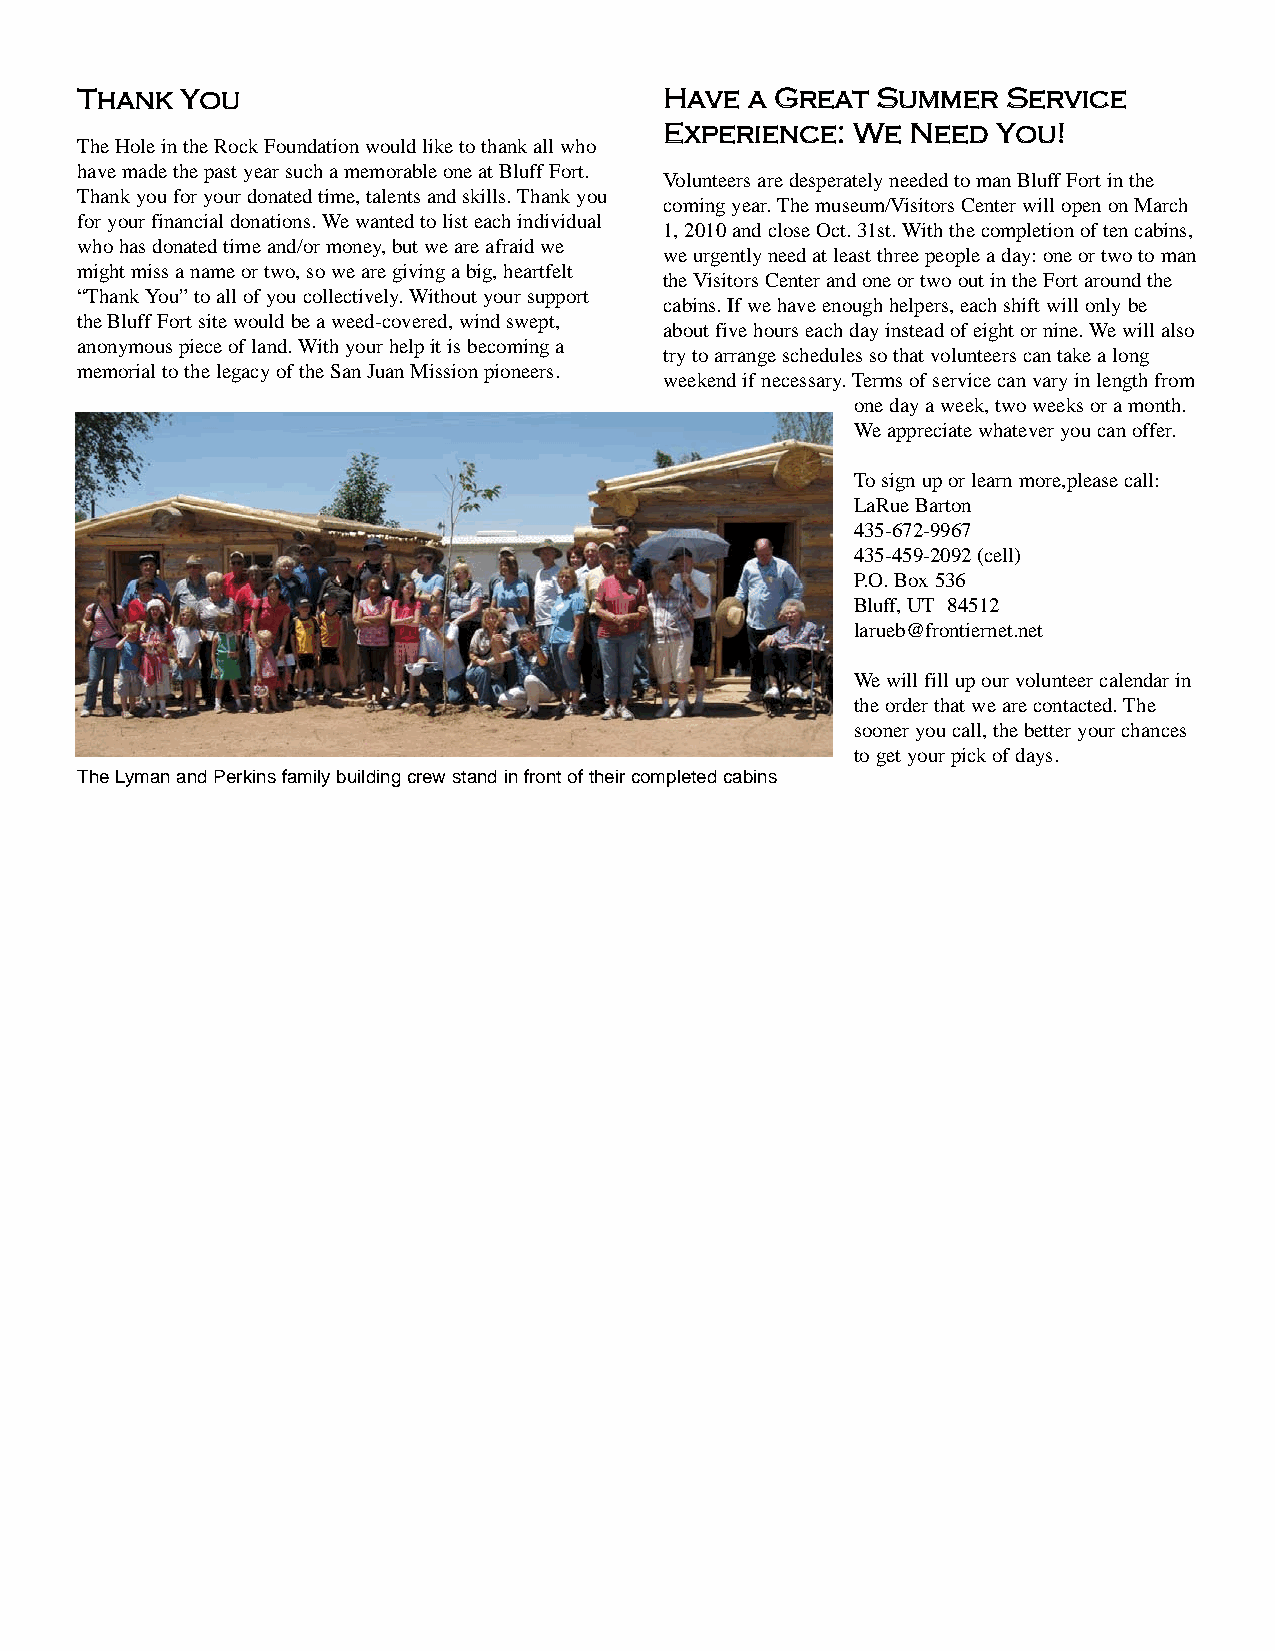
TThhaannkk YYoouu                      HHaavvee aa GGrreeaatt SSuummmmeerr SSeerrvviiccee
 EExxppeerriieennccee:: WWee NNeeeedd YYoouu!!
 The Hole in the Rock Foundation would like to thank all who
 have made the past year such a memorable one at Bluff Fort.
 Volunteers are desperately needed to man Bluff Fort in the
 Thank you for your donated time, talents and skills. Thank you
 coming year. The museum/Visitors Center will open on March
 for your financial donations. We wanted to list each individual
 1, 2010 and close Oct. 31st. With the completion of ten cabins,
 who has donated time and/or money, but we are afraid we
 we urgently need at least three people a day: one or two to man
 might miss a name or two, so we are giving a big, heartfelt
 the Visitors Center and one or two out in the Fort around the
 “Thank You” to all of you collectively. Without your support
 cabins. If we have enough helpers, each shift will only be
 the Bluff Fort site would be a weed-covered, wind swept,
 about five hours each day instead of eight or nine. We will also
 anonymous piece of land. With your help it is becoming a
 try to arrange schedules so that volunteers can take a long
 memorial to the legacy of the San Juan Mission pioneers.
 weekend if necessary. Terms of service can vary in length from
 one day a week, two weeks or a month.
 We appreciate whatever you can offer.
 To sign up or learn more,please call:
 LaRue Barton
 435-672-9967
 435-459-2092 (cell)
 P.O. Box 536
 Bluff, UT 84512
 larueb@frontiernet.net
 We will fill up our volunteer calendar in
 the order that we are contacted. The
 sooner you call, the better your chances
 to get your pick of days.
 The Lyman and Perkins family building crew stand in front of their completed cabins